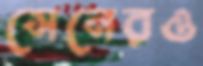
সেনেরও